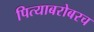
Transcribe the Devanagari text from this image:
पित्याबरोबरच